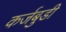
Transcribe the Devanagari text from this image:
कर्जबुडी